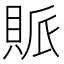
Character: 𧵬